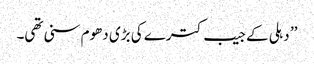
’’ دہلی کے جیب کترے کی بڑی دھوم سنی تھی۔